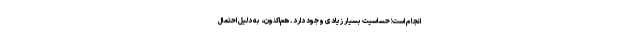
انجام است؛ حساسیت بسیار زیادی وجود دارد. هم‌اکنون، به دلیل احتمال